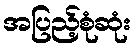
အပြည့်စုံဆုံး